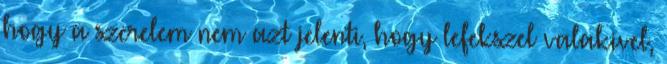
hogy a szerelem nem azt jelenti, hogy lefekszel valakivel,